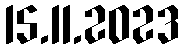
15.11.2023